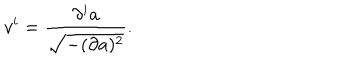
v ^ { i } = \frac { \partial ^ { i } a } { \sqrt { - ( \partial a ) ^ { 2 } } } .